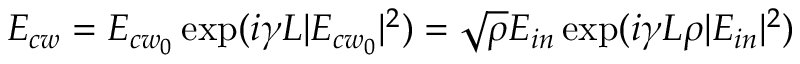
E _ { c w } = E _ { { c w } _ { 0 } } \exp ( i \gamma L | E _ { { c w } _ { 0 } } | ^ { 2 } ) = \sqrt { \rho } E _ { i n } \exp ( i \gamma L \rho | E _ { i n } | ^ { 2 } )